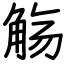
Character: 觞